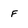
Character: F